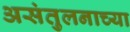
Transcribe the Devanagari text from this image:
असंतुलनाच्या